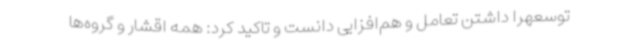
توسعهرا داشتن تعامل و هم‌افزایی دانست و تاکید کرد: همه اقشار و گروه‌ها